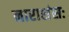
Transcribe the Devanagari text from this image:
नाराशंसः